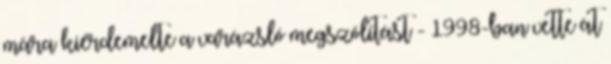
mára kiérdemelte a varázsló megszólítást - 1998-ban vette át